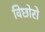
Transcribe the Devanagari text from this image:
विछोरो